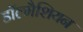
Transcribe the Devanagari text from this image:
डॉल्मैशियन